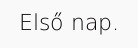
Első nap.